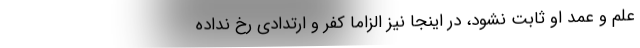
علم و عمد او ثابت نشود، در اینجا نیز الزاما کفر و ارتدادی رخ نداده